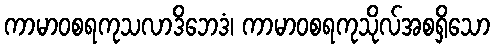
ကာမာဝစရကုသလာဒိဘေဒံ၊ ကာမာဝစရကုသိုလ်အစရှိသော